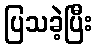
ပြသခဲ့ပြီး